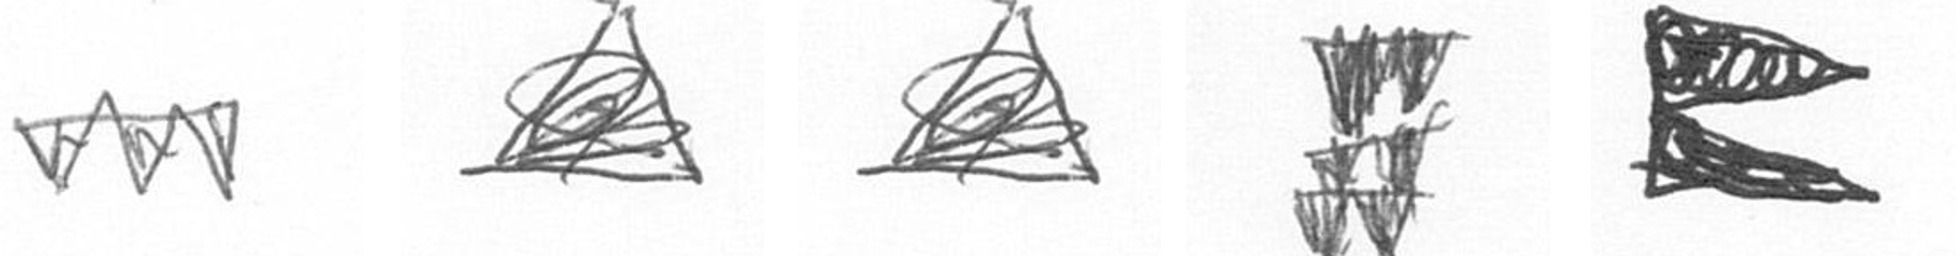
L O O Y P